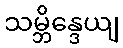
သမ္ဘိန္ဒေယျ